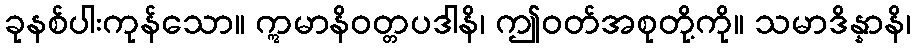
ခုနစ်ပါးကုန်သော။ ဣမာနိဝတ္တပဒါနိ၊ ဤဝတ်အစုတို့ကို။ သမာဒိန္နာနိ၊